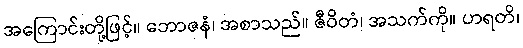
အကြောင်းတို့ဖြင့်။ ဘောဇနံ၊ အစာသည်။ ဇီဝိတံ၊ အသက်ကို။ ဟရတိ၊